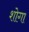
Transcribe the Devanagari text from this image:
शोगा